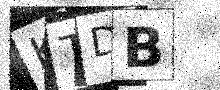
Text: KTDB